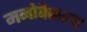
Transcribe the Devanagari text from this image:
मनोवैकल्य